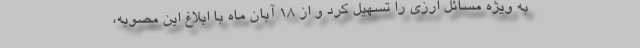
به ویژه مسائل ارزی را تسهیل کرد و از ۱۸ آبان ماه با ابلاغ این مصوبه،